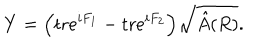
LaTeX: Y = \Big ( \mathrm { t r } e ^ { i F _ { 1 } } - \mathrm { t r } e ^ { i F _ { 2 } } \Big ) \sqrt { \hat { A } ( R ) } .